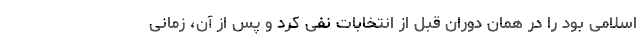
اسلامی بود را در همان دوران قبل از انتخابات نفی کرد و پس از آن، زمانی